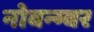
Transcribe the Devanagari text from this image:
नोवन्म्बर